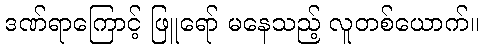
ဒဏ်ရာကြောင့် ဖြူရော် မနေသည့် လူတစ်ယောက်။